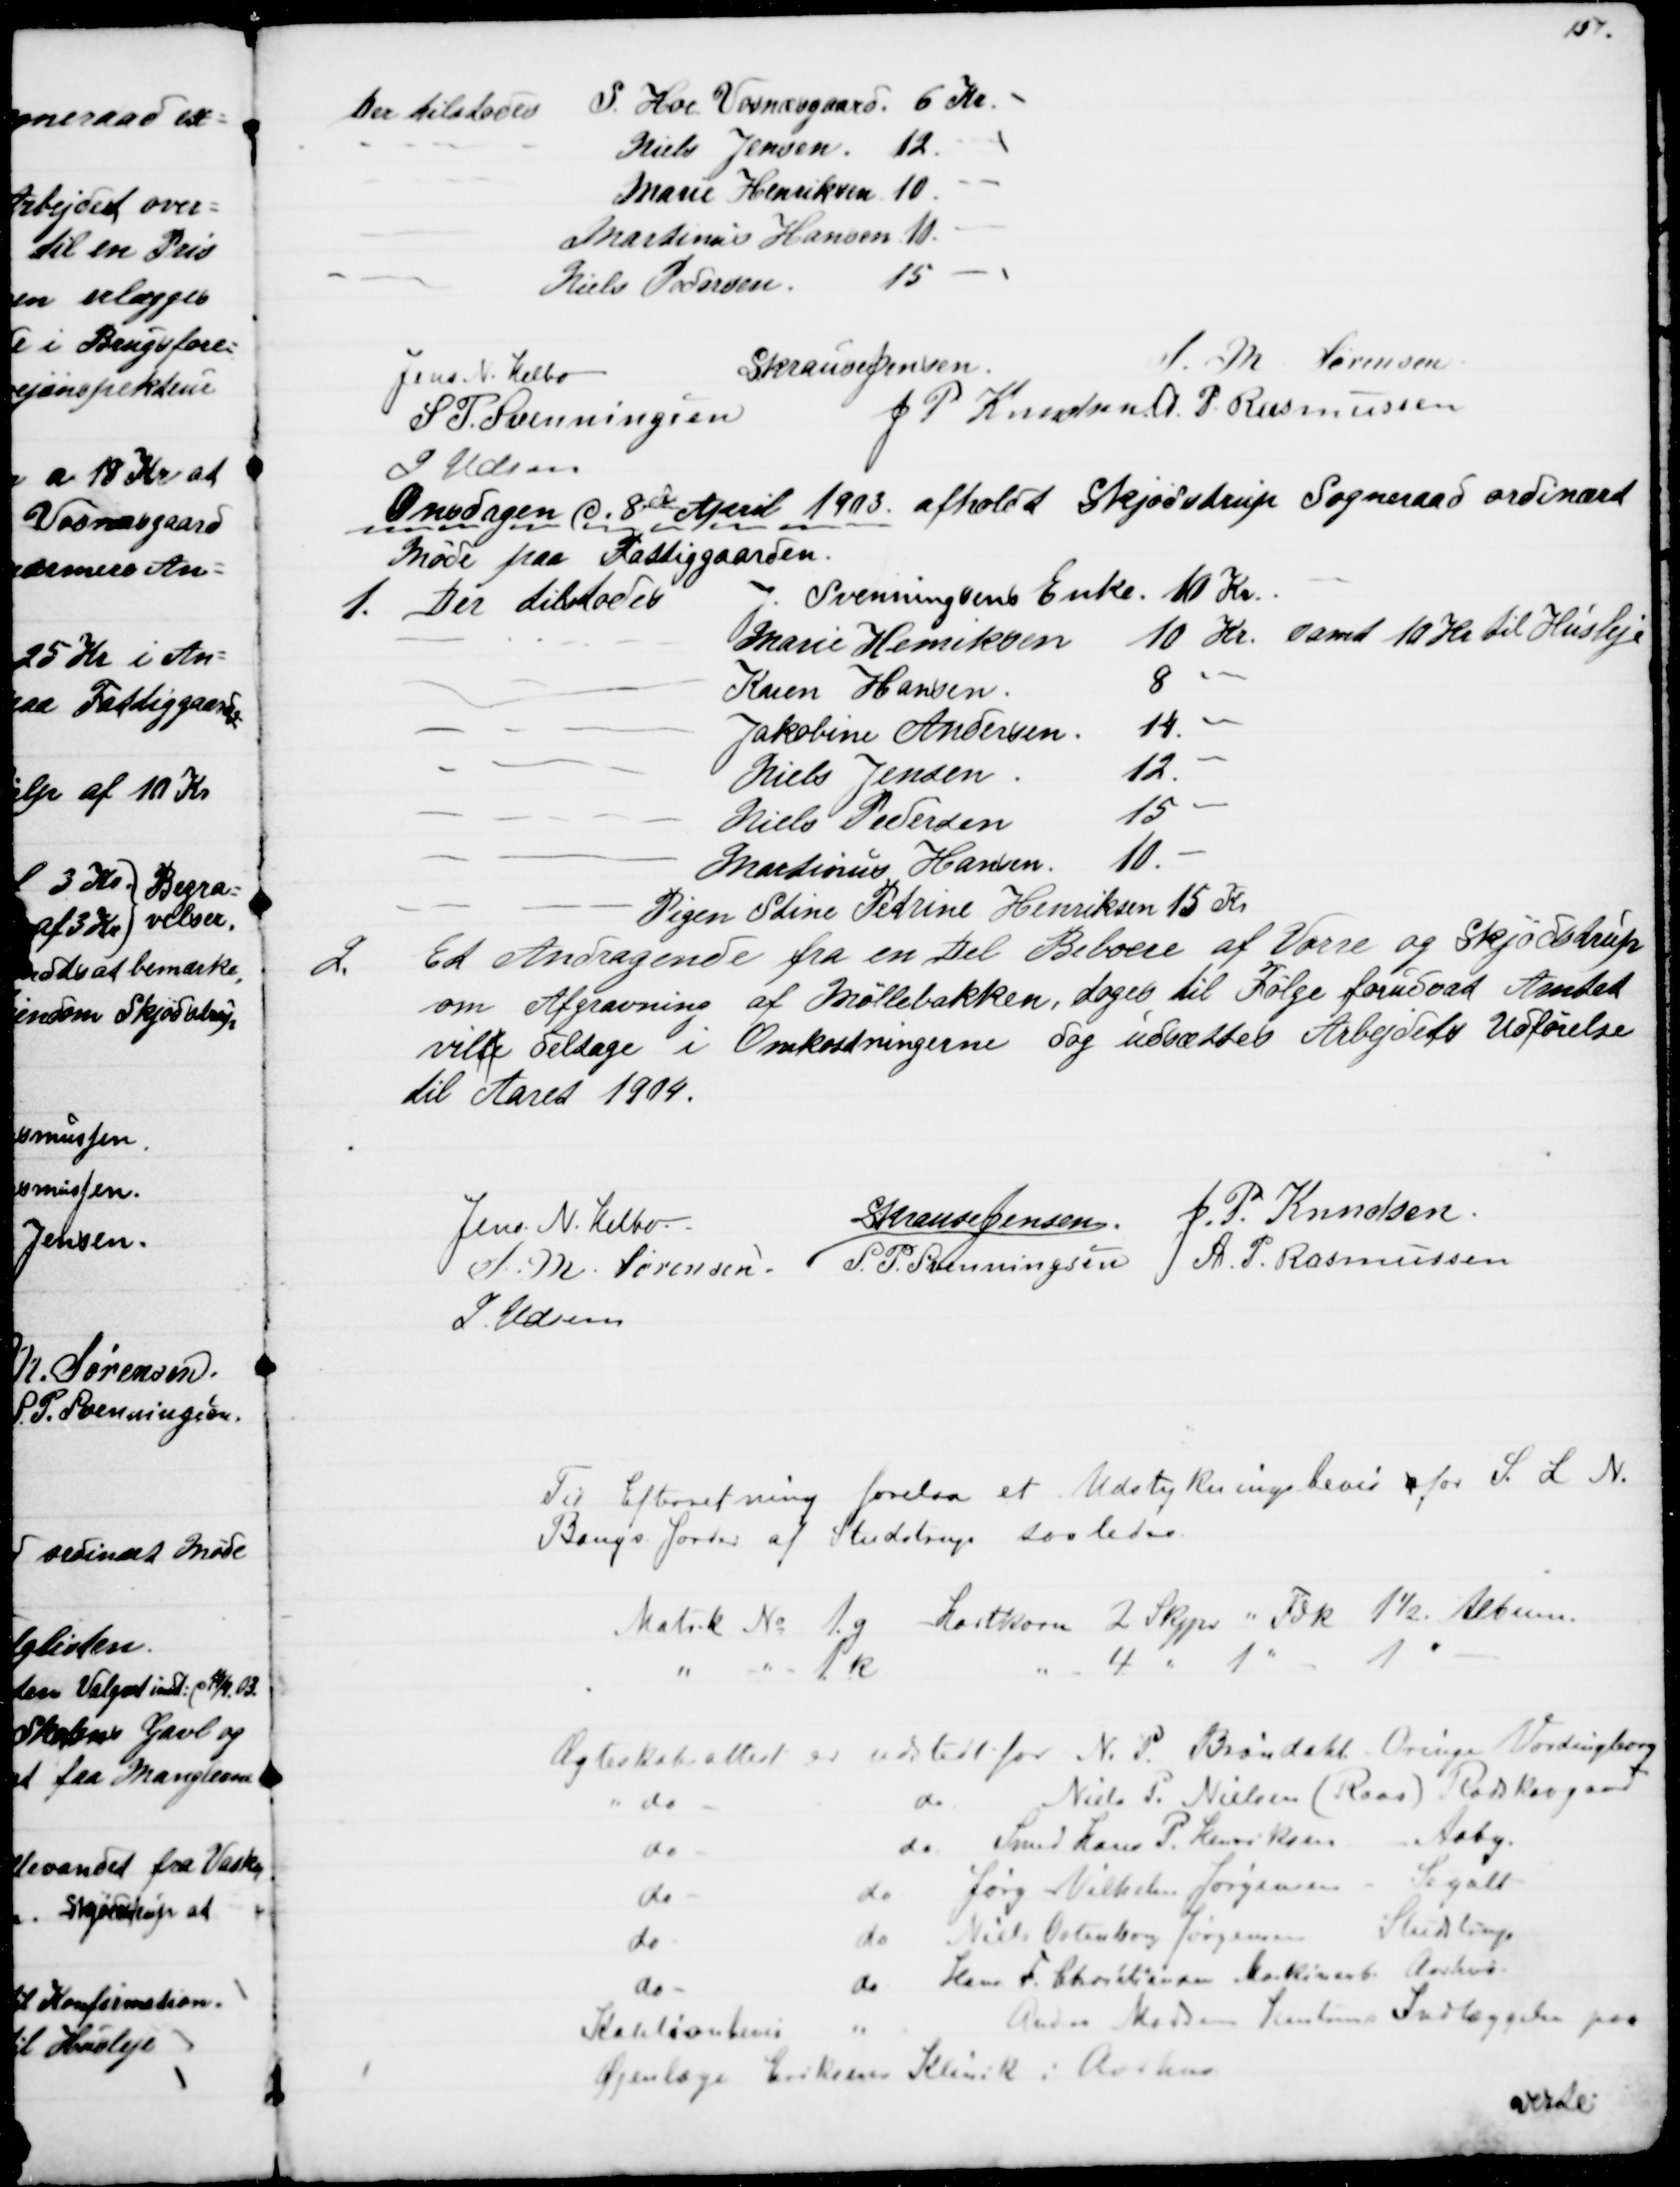
Transskription:
Der tilstodes
S. Hoe. Vosnæsgaard. 6 Kr.
Niels Jensen 12.
Marie Henriksen 10.
Martinus Hansen 10.
Niels Pedersen
15
Jens. N. Helbo
S Krause Jensen
S. M. Sørensen
S. P. Svenningsen
J. P. Knudsen A. P. Rasmussen
J Udsen
Onsdagen d. 8de April 1903 afholdt Skjødstrup Sogneraad ordinært
Møde paa Fattiggaarden.
1. Der tilstodes
J. Svenningsens Enke 10 Kr.
Marie Henriksen
10 Kr. samt 10 Kr til Husleje
Karen Hansen
8 -
Jakobine Andersen
14. -
Niels Jensen
12. -
Niels Pedersen
15 -
Martinus Hansen.
10. -
Pigen Stine Petrine Henriksen 15 Kr
2.
Et Andragende fra en Del Beboere af Vorre og Skjødstrup
om Afgravning af Møllebakken, toges til Følge forudsat Amtet
ville deltage i Omkostningerne dog udsættes Arbejdets Udførelse
til Aaret 1904.
Jens N. Helbo
S Krause Jensen.
J. P. Knudsen.
S. M. Sørensen
S. P. Svenningsen
A. P. Rasmussen
J. Udsen
Til Efterretning forelaa et Udstykningsbevis for S. L. N.
Bangs Jorder af Studstrup saaledes.
Matrk № 1.g hartkorn 2 Skjpr " Fdk 1½ Album.
" " 1 k
" 4 " 1. " 1 "
Ægteskabsattest er udstedt for N. P. Brøndahl. Oringe Vordingborg
do
do Niels P. Nielsen (Raas) Rodskovgaard
do
do Smed Hans P. Henriksen Aaby.
do
do Jørg Vilhelm Jørgensen Segalt
do
do Niels Ostenborg Jørgensen Studstrup
do
do Hans F. Christiansen Maskinarb. Aarhus.
Kautionbevis
Anders Madsen hustrus Indlæggelse paa
Øjenlæge Eriksens Klinik i Aarhus
verte